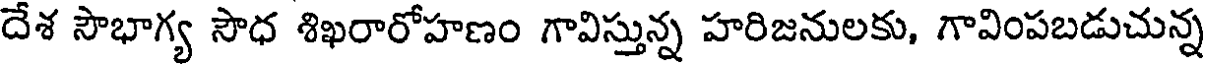
దేశ సౌభాగ్య సౌధ శిఖరారోహణం గావిస్తున్న హరిజనులకు, గావింపబడుచున్న